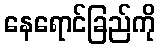
နေရောင်ခြည်ကို